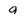
Character: 9